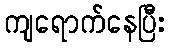
ကျရောက်နေပြီး